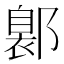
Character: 𨝺